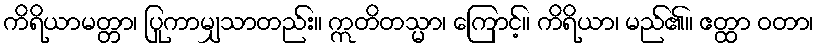
ကိရိယာမတ္တာ၊ ပြုကာမျှသာတည်း။ ဣတိတသ္မာ၊ ကြောင့်။ ကိရိယာ၊ မည်၏။ ဧတ္ထာ ဝတာ၊